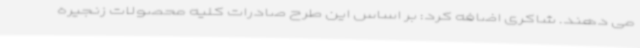
می دهند. شاکری اضافه کرد: بر اساس این طرح صادرات کلیه محصولات زنجیره